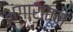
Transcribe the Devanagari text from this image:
भंगारातून